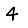
Digit: 4